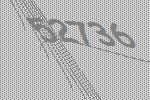
52736